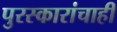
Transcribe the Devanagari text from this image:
पुरस्कारांचाही